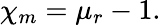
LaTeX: \chi_{m}=\mu_{r}-1.